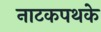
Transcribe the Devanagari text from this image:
नाटकपथके